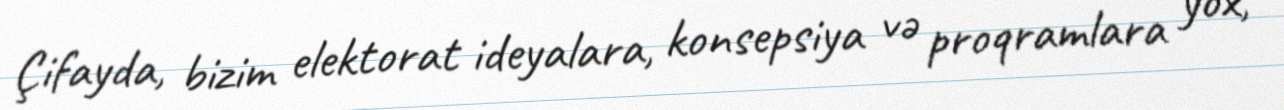
Çifayda, bizim elektorat ideyalara, konsepsiya və proqramlara yox,